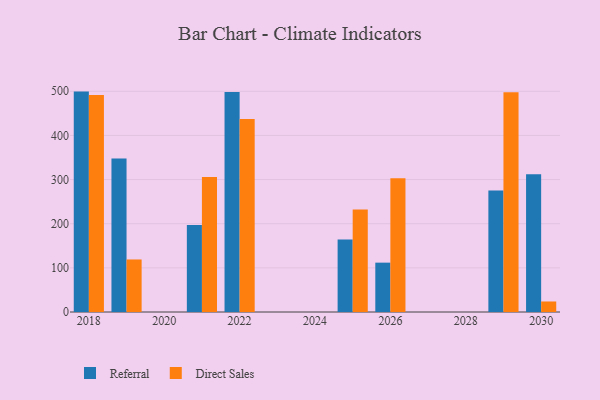
{"axis": {"x": "Year", "y": "Conversion Rate (%)"}, "legend": ["Direct Sales", "Referral"], "data": [{"x": "2022", "y": 498.3, "type": "Referral"}, {"x": "2022", "y": 437.0, "type": "Direct Sales"}, {"x": "2030", "y": 311.9, "type": "Referral"}, {"x": "2030", "y": 23.8, "type": "Direct Sales"}, {"x": "2019", "y": 347.8, "type": "Referral"}, {"x": "2019", "y": 119.0, "type": "Direct Sales"}, {"x": "2021", "y": 197.3, "type": "Referral"}, {"x": "2021", "y": 306.1, "type": "Direct Sales"}, {"x": "2018", "y": 499.3, "type": "Referral"}, {"x": "2018", "y": 491.4, "type": "Direct Sales"}, {"x": "2025", "y": 164.2, "type": "Referral"}, {"x": "2025", "y": 232.0, "type": "Direct Sales"}, {"x": "2026", "y": 111.8, "type": "Referral"}, {"x": "2026", "y": 303.1, "type": "Direct Sales"}, {"x": "2029", "y": 275.4, "type": "Referral"}, {"x": "2029", "y": 497.8, "type": "Direct Sales"}]}